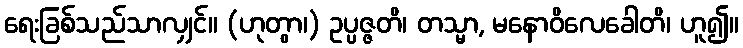
ရေးခြစ်သည်သာလျှင်။ (ဟုတွာ၊) ဥပ္ပဇ္ဇတိ၊ တသ္မာ, မနောဝိလေခေါတိ၊ ဟူ၍။